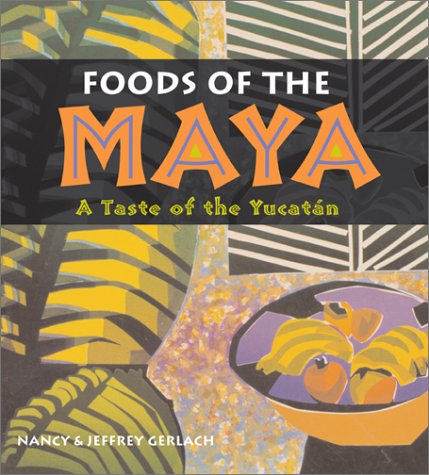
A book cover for Foods of the Maya: A Taste of the YucatÃ¡n; Nancy Gerlach; Cookbooks, Food & Wine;